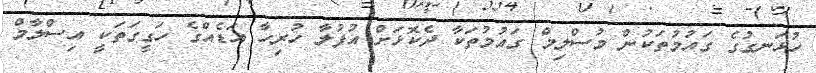
ހުޅަނގުގެ ގައުމުތަކުން މުސްލިމް ގައުމުތަކާ ދެކޮޅަށް އުފުލާ ހުރިހާ އަޑެއްގެ ހަގީގަތަކީ އިސްލާމް